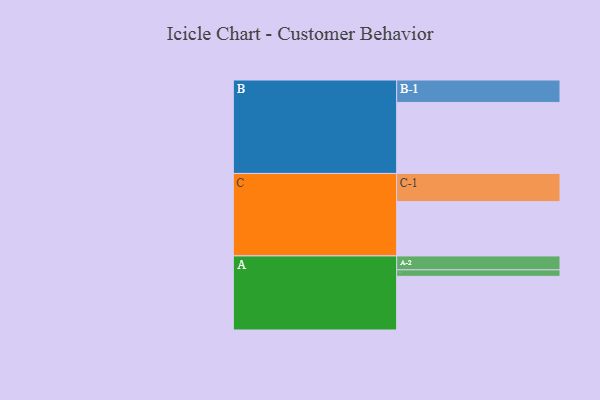
{"axis": {"x": "Segment", "y": "Value"}, "legend": ["", "A", "B", "C"], "data": [{"x": "A", "y": 421, "type": ""}, {"x": "B", "y": 557, "type": ""}, {"x": "C", "y": 426, "type": ""}, {"x": "A-1", "y": 51, "type": "A"}, {"x": "A-2", "y": 109, "type": "A"}, {"x": "B-1", "y": 176, "type": "B"}, {"x": "C-1", "y": 221, "type": "C"}]}